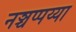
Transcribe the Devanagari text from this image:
नञ्चप्पय्या